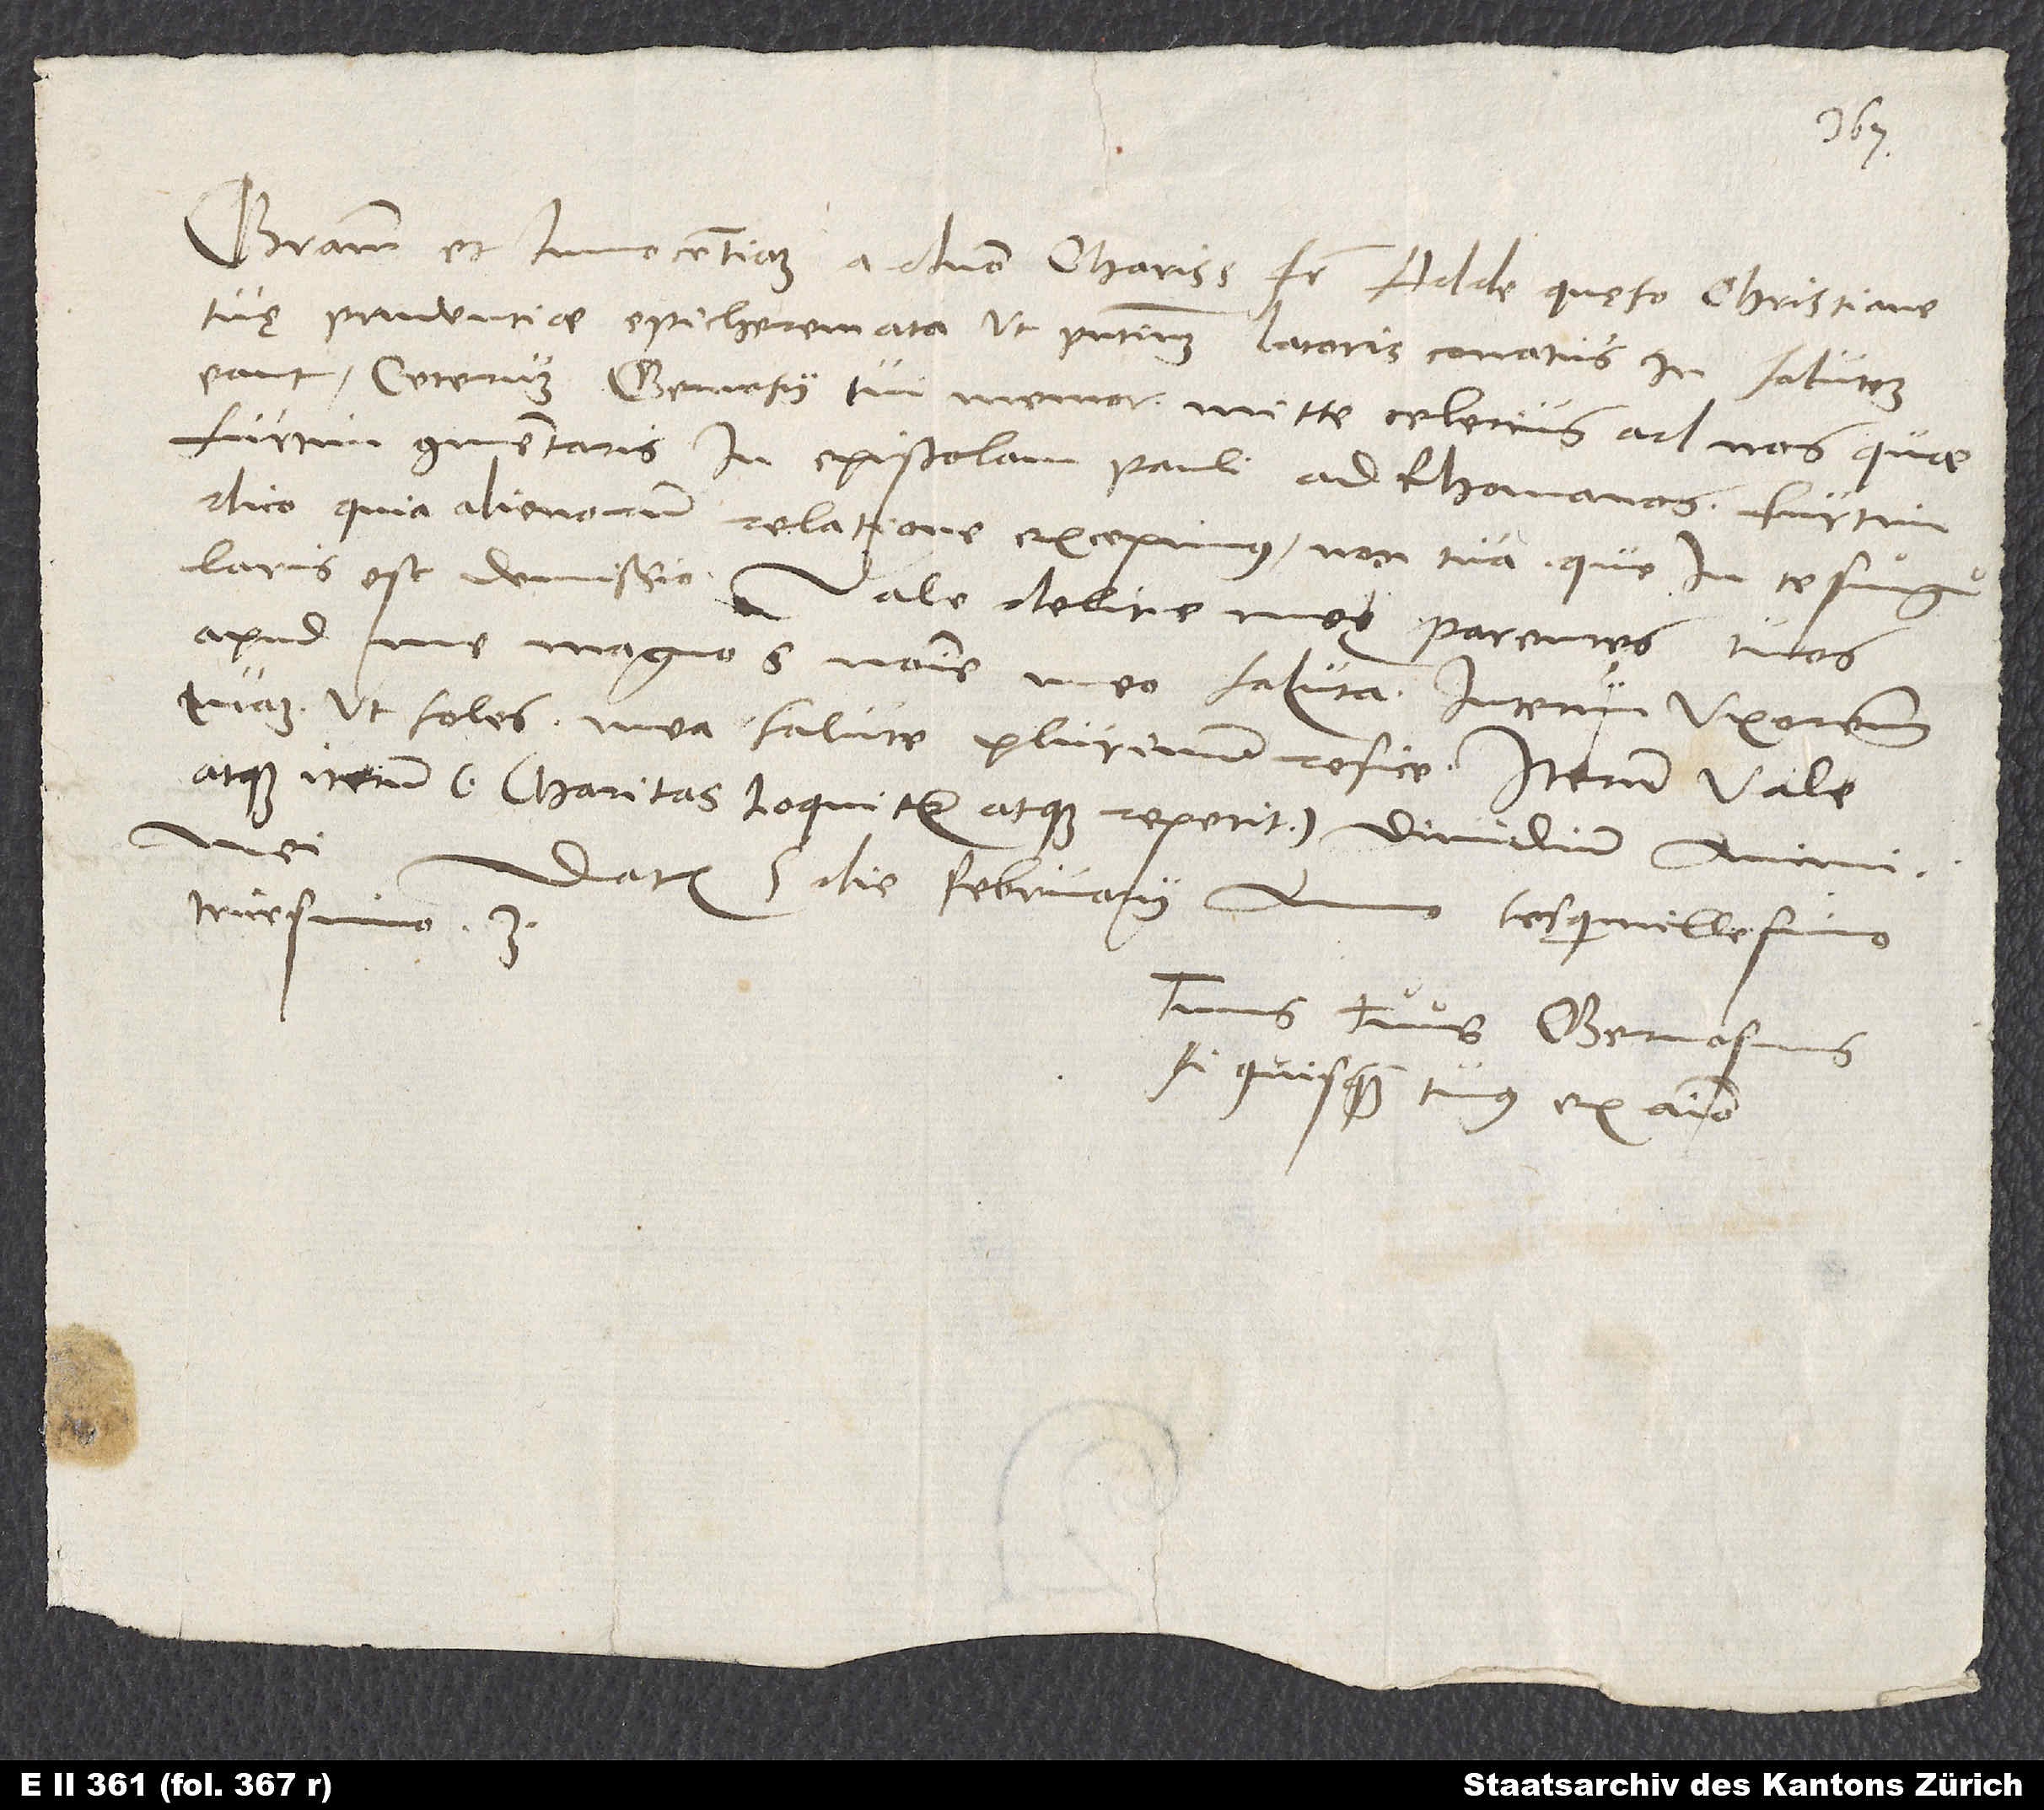
Gratiam et innocentiam a domino, charissime frater. Adde, quęso, christiane
tuę prudentiae epicheremata, ut praesentium latoris conatus in salutem
eant. Ceterum Gervasii tui memor mitte celerius ad nos quae
furtim commentaris in epistolam Pauli ad Rhomanos. Furtim
dico, quia alienorum relatione excepimus, non tua, que in te singularis
est demissio. Vale, delitie meę; parentes tuos
apud me magnos nomine meo saluta, interim uxorem
tuam, ut soles, mea salute plurimum refice. Iterum vale
atque iterum (charitas loquitur atque repetit), dimidium animi
Datum 5. die februarii anno sesquimillesimo
tricesimo 3.
Tuus tuus Gervasius,
si quisquam tuus ex animo.